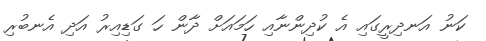
ކަނު އަނދިރީގައި އެ ކުދިންނާއި ހަމައަށް ދާން ހަ ގަޑިއިރު އަދި އެނބުރި